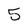
Character: 5